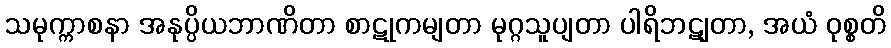
သမုက္ကာစနာ အနုပ္ပိယဘာဏိတာ စာဋုကမျတာ မုဂ္ဂသူပျတာ ပါရိဘဋျတာ, အယံ ဝုစ္စတိ